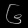
Digit: ၆